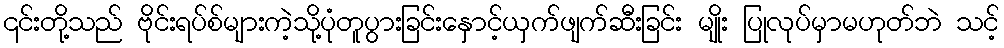
၎င်းတို့သည် ဗိုင်းရပ်စ်များကဲ့သို့ပုံတူပွားခြင်းနှောင့်ယှက်ဖျက်ဆီးခြင်း မျိုး ပြုလုပ်မှာမဟုတ်ဘဲ သင့်